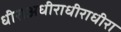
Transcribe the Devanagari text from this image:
धीराअधीराधीराधीरा